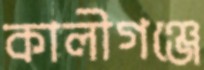
কালীগঞ্জে